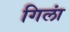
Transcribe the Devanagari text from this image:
गिलां